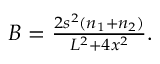
\begin{array} { r } { B = \frac { 2 s ^ { 2 } ( n _ { 1 } + n _ { 2 } ) } { L ^ { 2 } + 4 x ^ { 2 } } . } \end{array}